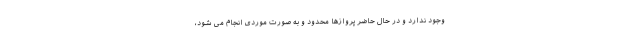
وجود ندارد و در حال حاضر پروازها محدود و به صورت موردی انجام می شود،